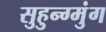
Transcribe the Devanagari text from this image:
सुहुन्ग्मुंग